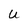
Character: U